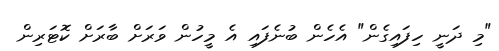
"މި ދަނީ ހިފައިގެން" އެހެން ބުނެފައި އެ މީހުން ވަރަށް ބާރަށް ކޮޓަރިން